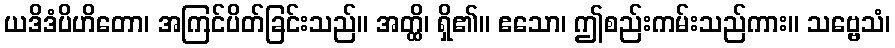
ယဒိဒံပိဟိတော၊ အကြင်ပိတ်ခြင်းသည်။ အတ္ထိ၊ ရှိ၏။ ဧသော၊ ဤစည်းကမ်းသည်ကား။ သဗ္ဗေသံ၊